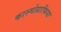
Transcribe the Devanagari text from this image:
कास्मोग्राफिया